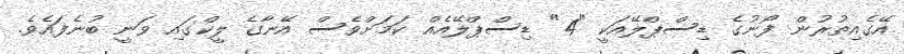
އޭގެއިތުރުން ފޯނުގެ ޑިސްޕްލޭއަކީ "4" ޑިސްޕްލޭއެއް ކަމަށްވެސް އޭނާގެ ލީކްގައި ވަނީ ބުނެފައެވެ.